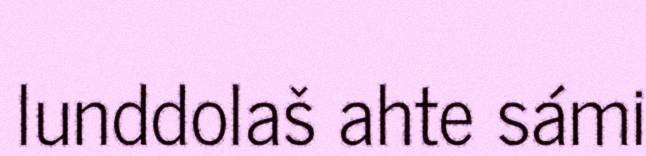
lunddolaš ahte sámi